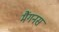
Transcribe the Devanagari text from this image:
मैंगनस